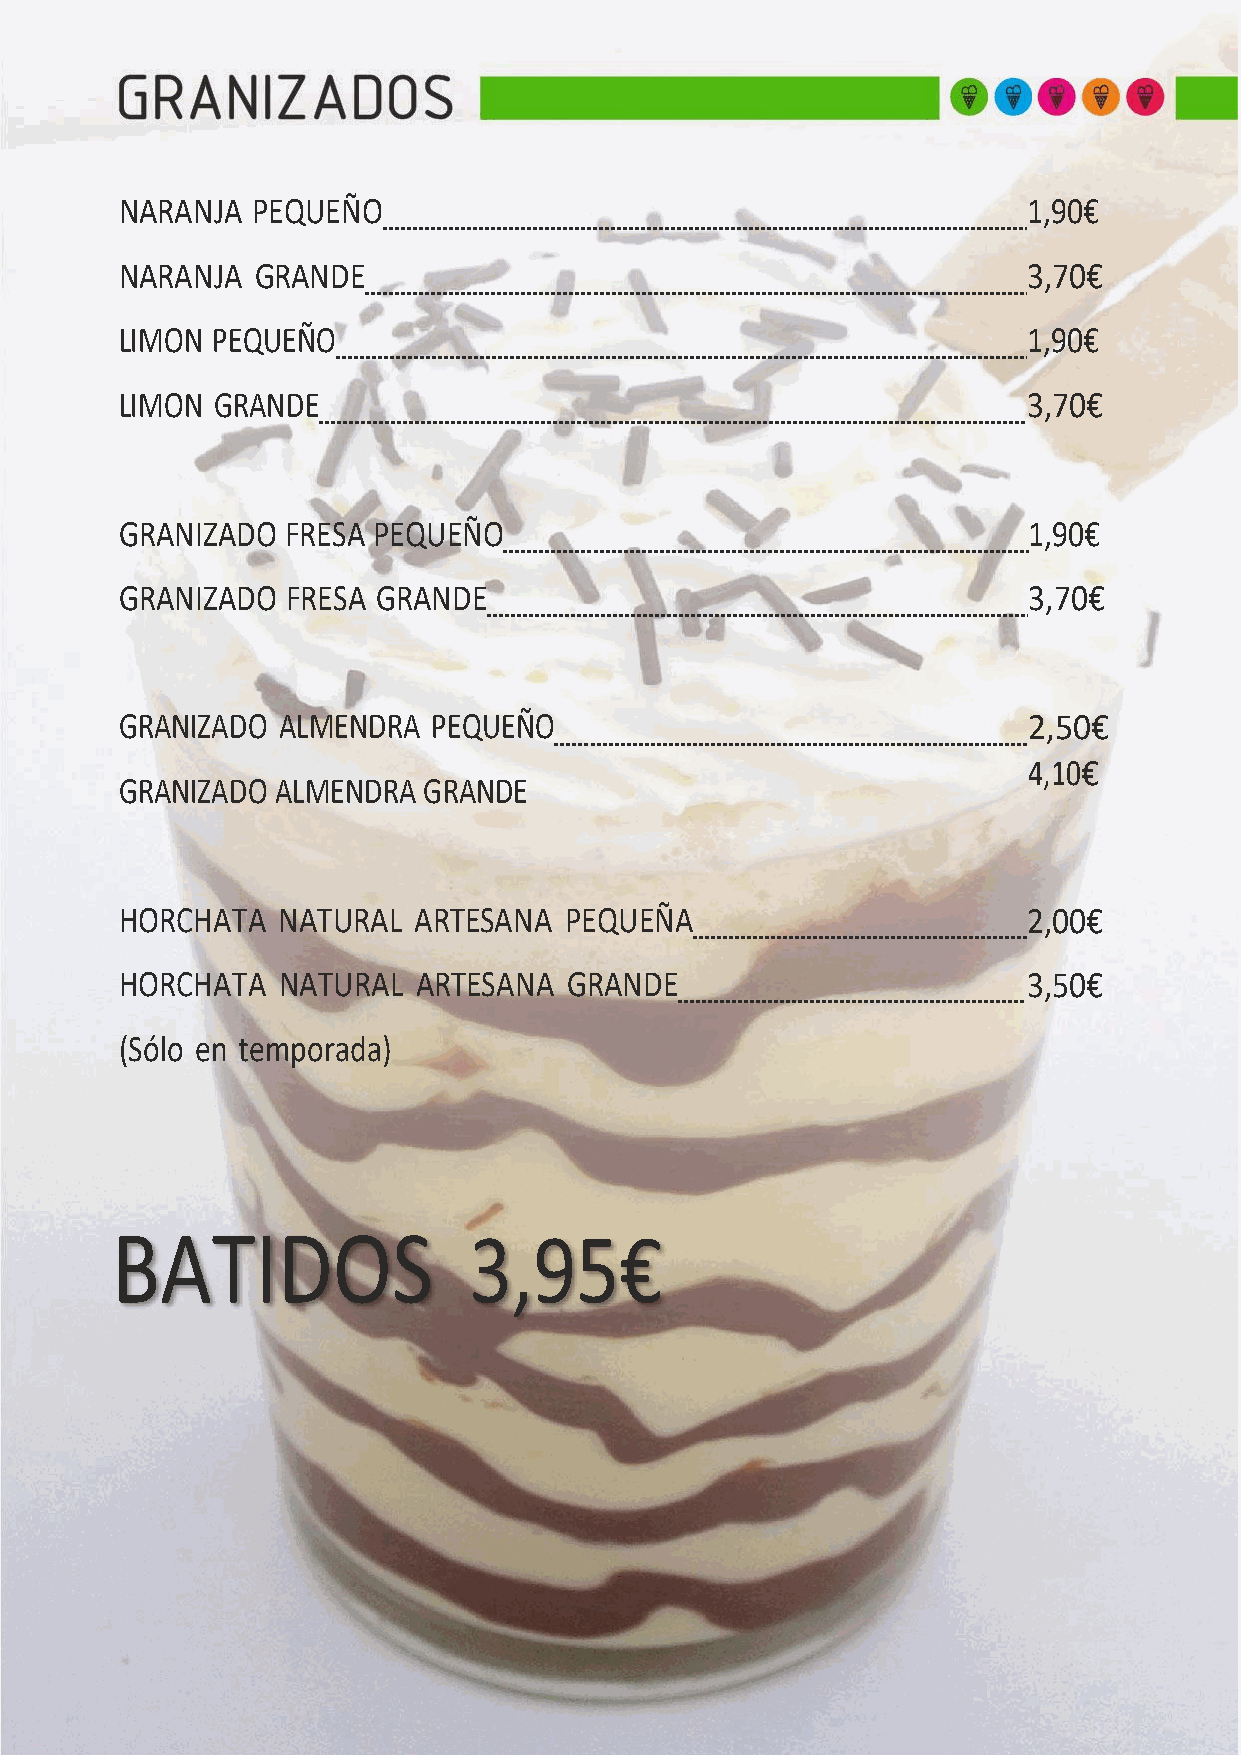
NARANJA  PEQUEÑO                                            1,90€
 NARANJA  GRANDE                                             3,70€
 LIMON PEQUEÑO                                               1,90€
 LIMON GRANDE                                                3,70€
 GRANIZADO  FRESA PEQUEÑO                                    1,90€
 GRANIZADO  FRESA GRANDE                                     3,70€
 GRANIZADO ALMENDRA   PEQUEÑO                                2,50€
 4,10€
 GRANIZADO ALMENDRA  GRANDE
 HORCHATA  NATURAL  ARTESANA  PEQUEÑA                        2,00€
 HORCHATA  NATURAL   ARTESANA  GRANDE                        3,50€
 (Sólo en temporada)